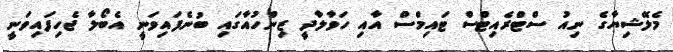
މެލޭޝިޔާގެ ނިއު ސްޓްރެއިޓްސް ޓައިމްސް އާއި ހަވާލާދީ ޒިންހުއާގައި ބުނެފައިވަނީ އެބޯލާ ޖެހިފައިވަނީ